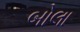
બોલા